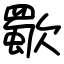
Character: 歜